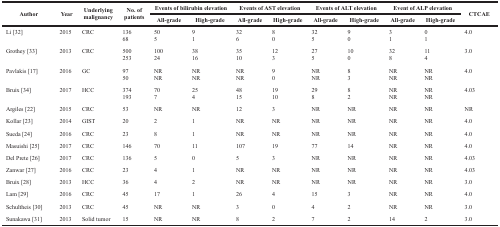
<table><thead><tr><td rowspan="2"><b>Author</b></td><td rowspan="2"><b>Year</b></td><td rowspan="2"><b>Underlying malignancy</b></td><td rowspan="2"><b>No. of patients</b></td><td colspan="2"><b>Events of bilirubin elevation</b></td><td colspan="2"><b>Events of AST elevation</b></td><td colspan="2"><b>Events of ALT elevation</b></td><td colspan="2"><b>Event of ALP elevation</b></td><td rowspan="2"><b>CTCAE</b></td></tr></thead><tbody><tr><td>All-grade</td><td>High-grade</td><td>All-grade</td><td>High-grade</td><td>All-grade</td><td>High-grade</td><td>All-grade</td><td>High-grade</td></tr><tr><td>Li [32]</td><td>2015</td><td>CRC</td><td>13668</td><td>505</td><td>91</td><td>326</td><td>80</td><td>325</td><td>90</td><td>31</td><td>01</td><td>4.0</td></tr><tr><td>Grothey [33]</td><td>2013</td><td>CRC</td><td>500253</td><td>10024</td><td>3816</td><td>3510</td><td>123</td><td>275</td><td>100</td><td>328</td><td>114</td><td>3.0</td></tr><tr><td>Pavlakis [17]</td><td>2016</td><td>GC</td><td>9750</td><td>NRNR</td><td>NRNR</td><td>NRNR</td><td>90</td><td>NRNR</td><td>83</td><td>NRNR</td><td>NRNR</td><td>4.0</td></tr><tr><td>Bruix [34]</td><td>2017</td><td>HCC</td><td>374193</td><td>707</td><td>254</td><td>4815</td><td>1910</td><td>298</td><td>82</td><td>NRNR</td><td>NRNR</td><td>4.03</td></tr><tr><td>Argiles [22]</td><td>2015</td><td>CRC</td><td>53</td><td>NR</td><td>NR</td><td>12</td><td>3</td><td>NR</td><td>NR</td><td>NR</td><td>NR</td><td>NR</td></tr><tr><td>Kollar [23]</td><td>2014</td><td>GIST</td><td>20</td><td>2</td><td>1</td><td>NR</td><td>NR</td><td>NR</td><td>NR</td><td>NR</td><td>NR</td><td>4.0</td></tr><tr><td>Sueda [24]</td><td>2016</td><td>CRC</td><td>23</td><td>8</td><td>1</td><td>NR</td><td>NR</td><td>NR</td><td>NR</td><td>NR</td><td>NR</td><td>4.0</td></tr><tr><td>Masuishi [25]</td><td>2017</td><td>CRC</td><td>146</td><td>70</td><td>11</td><td>107</td><td>19</td><td>77</td><td>14</td><td>NR</td><td>NR</td><td>4.0</td></tr><tr><td>Del Prete [26]</td><td>2017</td><td>CRC</td><td>136</td><td>5</td><td>0</td><td>5</td><td>3</td><td>NR</td><td>NR</td><td>NR</td><td>NR</td><td>4.03</td></tr><tr><td>Zanwar [27]</td><td>2016</td><td>CRC</td><td>23</td><td>4</td><td>1</td><td>NR</td><td>NR</td><td>NR</td><td>NR</td><td>NR</td><td>NR</td><td>4.03</td></tr><tr><td>Bruix [28]</td><td>2013</td><td>HCC</td><td>36</td><td>4</td><td>2</td><td>NR</td><td>NR</td><td>NR</td><td>NR</td><td>NR</td><td>NR</td><td>3.0</td></tr><tr><td>Lam [29]</td><td>2016</td><td>CRC</td><td>45</td><td>17</td><td>1</td><td>26</td><td>4</td><td>15</td><td>3</td><td>NR</td><td>NR</td><td>4.0</td></tr><tr><td>Schultheis [30]</td><td>2013</td><td>CRC</td><td>45</td><td>NR</td><td>NR</td><td>3</td><td>0</td><td>4</td><td>2</td><td>NR</td><td>NR</td><td>3.0</td></tr><tr><td>Sunakawa [31]</td><td>2013</td><td>Solid tumor</td><td>15</td><td>NR</td><td>NR</td><td>8</td><td>2</td><td>7</td><td>2</td><td>14</td><td>2</td><td>3.0</td></tr></tbody></table>